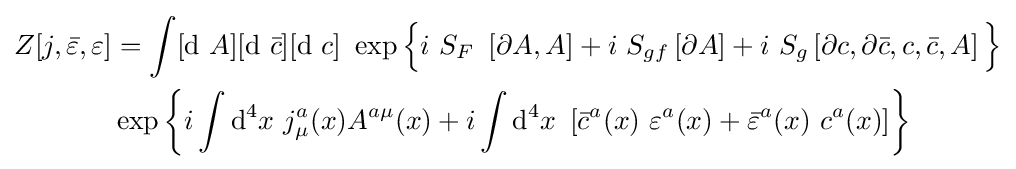
{\begin{aligned}Z[j,{\bar {\varepsilon }},\varepsilon ]&=\int [\mathrm {d} \ A][\mathrm {d} \ {\bar {c}}][\mathrm {d} \ c]\ \exp {\Bigl \{}i\ S_{F}\ \left[\partial A,A\right]+i\ S_{gf}\left[\partial A\right]+i\ S_{g}\left[\partial c,\partial {\bar {c}},c,{\bar {c}},A\right]{\Bigr \}}\\&\exp \left\{i\int \mathrm {d} ^{4}x\ j_{\mu }^{a}(x)A^{a\mu }(x)+i\int \mathrm {d} ^{4}x\ \left[{\bar {c}}^{a}(x)\ \varepsilon ^{a}(x)+{\bar {\varepsilon }}^{a}(x)\ c^{a}(x)\right]\right\}\end{aligned}}